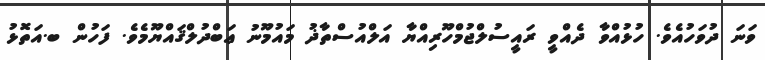
ވަނަ ދުވަހުއެވެ. ހުޅުއްވާ ދެއްވީ ރައީސުލްޖުމްހޫރިއްޔާ އަލްއުސްތާޛު މައުމޫނު ޢަބްދުލްޤައްޔޫމެވެ. ފަހުން ބ.އަތޮޅު